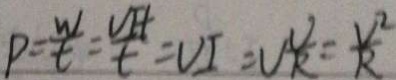
P = \frac { W } { t } = \frac { V _ { H } } { t } = V I = V \frac { V } { R } = \frac { V ^ { 2 } } { R }